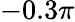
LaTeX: -0.3\pi